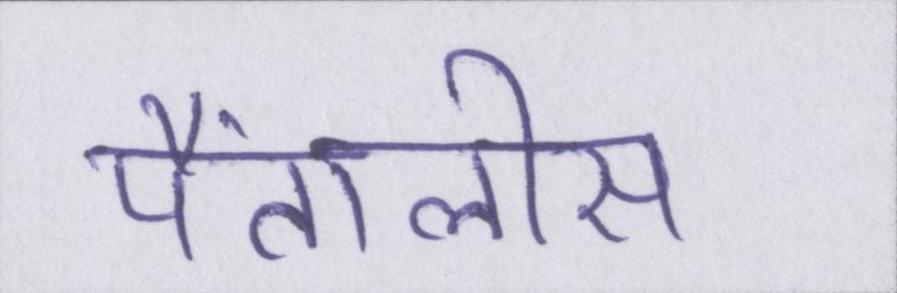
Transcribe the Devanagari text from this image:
पैंतालीस